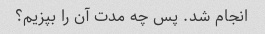
انجام شد. پس چه مدت آن را بپزیم؟